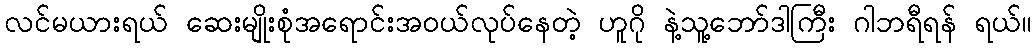
လင်မယားရယ် ဆေးမျိုးစုံအရောင်းအဝယ်လုပ်နေတဲ့ ဟူဂို နဲ့သူ့ဘော်ဒါကြီး ဂါဘရီရန် ရယ်။